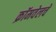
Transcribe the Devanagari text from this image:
क्रॉमवेलचे